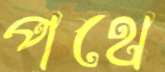
পথে